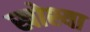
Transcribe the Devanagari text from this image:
खोश्या